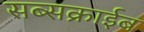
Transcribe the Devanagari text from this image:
सब्सक्राईब